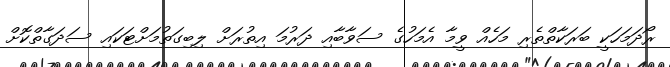
ރޯދަމަހަކީ ބަރަކާތްތެރި މަހެއް ވީމާ އެމަހުގެ ސަވާބާއި ދަރުމަ އިތުރަށް ލިބިގަތުމަށްޓަކައި ސަދަގާތްކޮށް